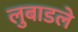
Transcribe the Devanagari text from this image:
लुबाडले